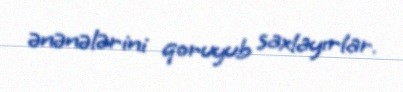
ənənələrini qoruyub saxlayırlar.